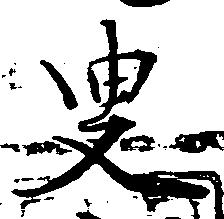
叟